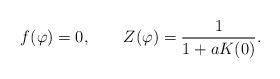
LaTeX: \begin{align*}f(\varphi)=0,\qquad Z(\varphi)=\frac{1}{1+aK(0)}.\end{align*}